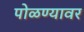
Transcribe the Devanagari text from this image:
पोळण्यावर